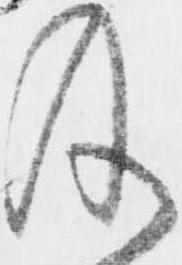
及